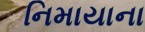
નિમાયાના